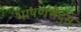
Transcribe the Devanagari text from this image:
भाषणभेदम्